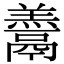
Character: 𩱋